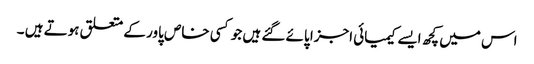
اس میں کچھ ایسے کیمیائی اجزا پائے گئے ہیں جو کسی خاص پاور کے متعلق ہوتے ہیں ۔